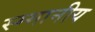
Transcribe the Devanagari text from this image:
स्म्मानीय